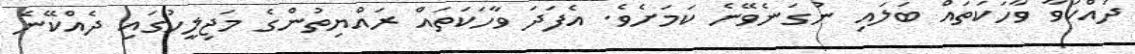
ދައްކަވާ ވާހަކަތައް ބަލައި ނުގަނެވޭނެ ކަމަށެވެ. އެފަދަ ވާހަކަތައް ރައްޔިތުންގެ މަޖިލީހުގައި ދެއްކޭނެ